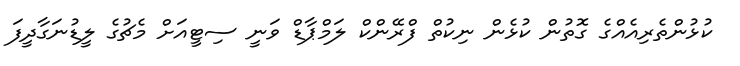
ކުޅުންތެރިއެއްގެ ގޮތުން ކުޅެން ނިކުތް ފްރޭންކް ލަމްޕާޑް ވަނީ ސިޓީއަށް މެޗުގެ ލީޑުނަގާދީފަ